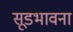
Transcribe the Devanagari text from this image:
सूडभावना